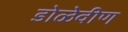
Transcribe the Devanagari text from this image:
डोळेवीण